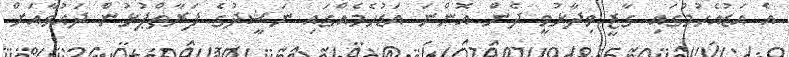
އެ އަޑުއެހުމުގައި ގާޒީ ވިދާޅުވީ ދެން އޮންނަ އަޑުހެމެއްގައި ނަޝީދުގެ ފަރާތްޕުޅުން ދައުވާއަށް